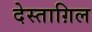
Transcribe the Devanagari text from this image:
देस्ताग़िल